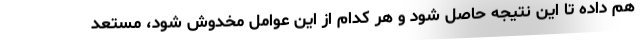
هم داده تا این نتیجه حاصل شود و هر کدام از این عوامل مخدوش شود، مستعد